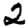
Digit: 2